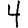
Digit: 4